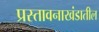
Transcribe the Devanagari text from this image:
प्रस्तावनाखंडातील